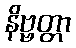
နိဗ္ဗတ္တာ